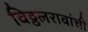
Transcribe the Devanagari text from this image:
विठ्ठलरावांची